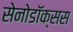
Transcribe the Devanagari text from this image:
सेनोडॉक्सस